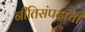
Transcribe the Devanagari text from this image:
नीतिसंपदांची